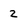
Character: 2